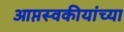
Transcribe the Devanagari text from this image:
आप्तस्वकीयांच्या